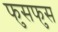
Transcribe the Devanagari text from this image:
फुसफुस